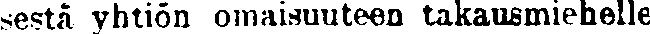
sestä yhtiön omaisuuteen takausmiehelle